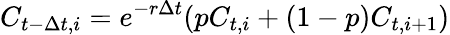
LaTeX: C_{t-\Delta t,i}=e^{-r\Delta t}(pC_{t,i}+(1-p)C_{t,i+1})